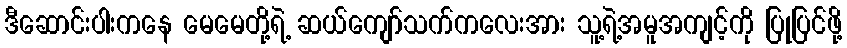
ဒီဆောင်းပါးကနေ မေမေတို့ရဲ့ ဆယ်ကျော်သက်ကလေးအား သူ့ရဲ့အမူအကျင့်ကို ပြုပြင်ဖို့